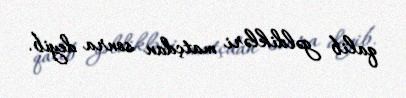
qalib gəldikləri matçdan sonra deyib.